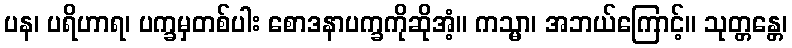
ပန၊ ပရိဟာရ၊ ပက္ခမှတစ်ပါး စောဒနာပက္ခကိုဆိုအံ့။ ကသ္မာ၊ အဘယ်ကြောင့်။ သုတ္တန္တေ၊